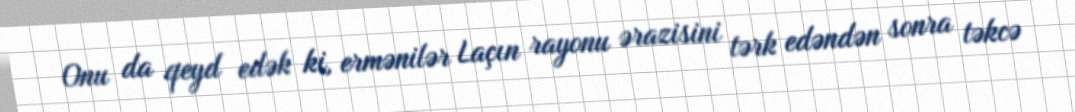
Onu da qeyd edək ki, ermənilər Laçın rayonu ərazisini tərk edəndən sonra təkcə